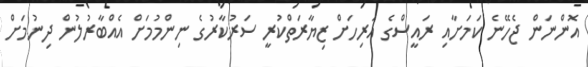
އޮންނަން ޖެހޭނެ ކަމަށާއި ރައީސްގެ އަރިހަށް ޒިޔާރަތްކުރީ ސަރުކާރުގެ ނިންމުމަށް އެއްބާރުލުން ދިނުމަށް